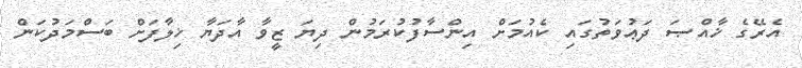
އެރޭގެ ޚާއްޞަ ދަޢުވަތުގައި ކެއުމަށް އިންސާފުކުރަމުން ދިޔަ ޒީވާ އާދަޔާ ޚިލާފަށް ބަސްމަދުކަން